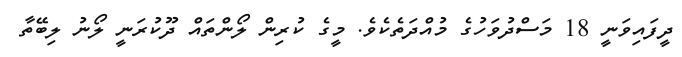
ދީފައިވަނީ 18 މަސްދުވަހުގެ މުއްދަތެކެވެ. މީގެ ކުރިން ލޯންތައް ދޫކުރަނީ ލޯނު ލިބޭތާ